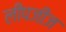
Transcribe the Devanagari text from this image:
लीपजीज